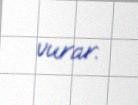
vurar.